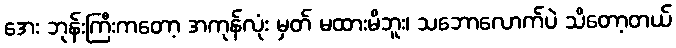
အေး ဘုန်းကြီးကတော့ အကုန်လုံး မှတ် မထားမိဘူး၊ သဘောလောက်ပဲ သိတော့တယ်